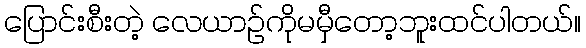
ပြောင်းစီးတဲ့ လေယာဉ်ကိုမမှီတော့ဘူးထင်ပါတယ်။